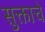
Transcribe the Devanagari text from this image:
सुक्ताचे